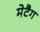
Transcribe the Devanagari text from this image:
मेटैग